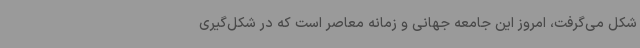
شکل می‌گرفت، امروز این جامعه جهانی و زمانه معاصر است که در شکل‌گیری